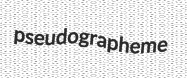
pseudographeme